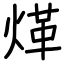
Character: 煂